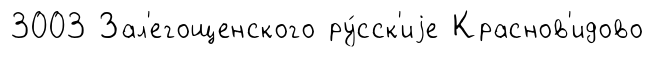
3003 Зал'егощенского ру́сск'иjе Краснов'идово